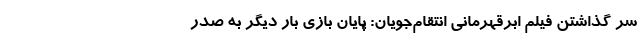
سر گذاشتن فیلم ابرقهرمانی انتقام‌جویان: پایان بازی بار دیگر به صدر